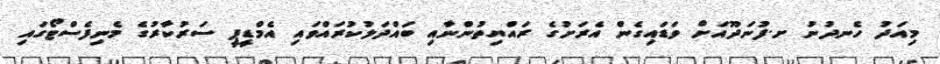
މިއަދު ހެނދުނު ށ.ފުނަދޫއަށް ވަޑައިގެން އެރަށުގެ ރައްޔިތުންނާއި ބައްދަލުކުރައްވައި އެމްޑީޕީ ސަރުކާރުގެ މެނިފެސްޓޯގައި